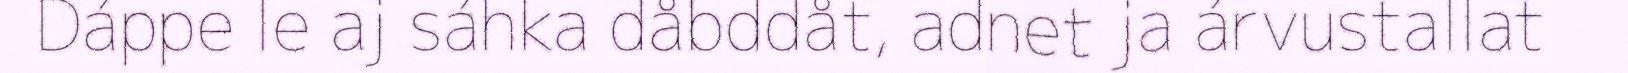
Dáppe le aj sáhka dåbddåt, adnet ja árvustallat